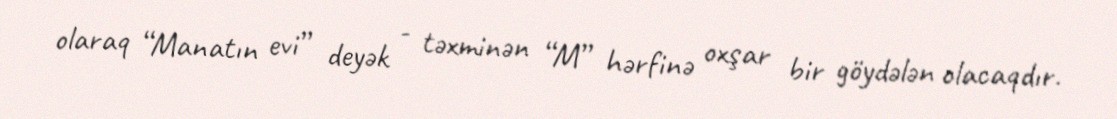
olaraq “Manatın evi” deyək - təxminən “M” hərfinə oxşar bir göydələn olacaqdır.